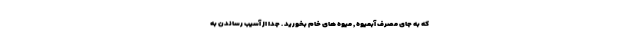
که به جای مصرف آبمیوه , میوه های خام بخورید . جدا از آسیب رساندن به